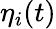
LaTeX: \eta_{i}(t)